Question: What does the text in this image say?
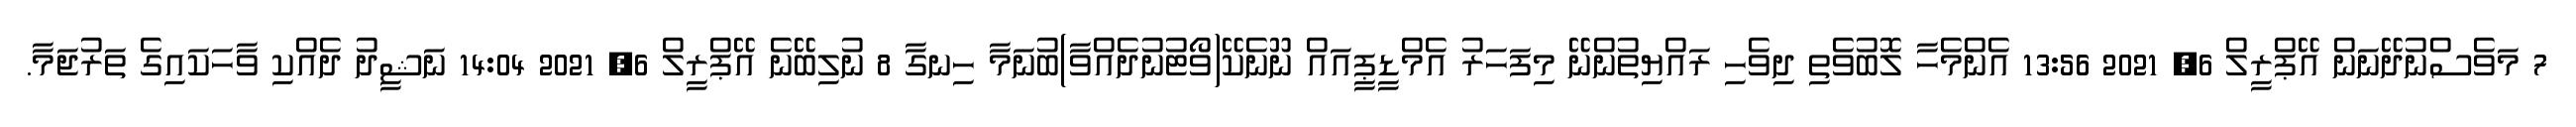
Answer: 7 މަވެސްނުދޭނަން އޭޕްރީލް 6, 2021 13:56 އެންމެހާ ލޮބުވެތި ދިވެހި ރައްޔިތުންނޭ މިފަހަރު އެމްޑީޕީއައް ނޫނެކޭ(ވޯޓުނުދެއްވާ)ބުނަމާ ހިނގާ 8 ނުލިބޭނެ އޭޕްރީލް 6, 2021 14:04 ނަޝީދު ދެއްކި ވާހަކައިގެ ތަރުޖަމާ.